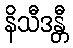
နိသီဒန္တီ